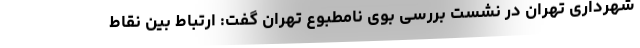
شهرداری تهران در نشست بررسی بوی نامطبوع تهران گفت: ارتباط بین نقاط